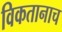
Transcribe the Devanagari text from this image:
विकतानाच